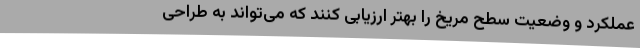
عملکرد و وضعیت سطح مریخ را بهتر ارزیابی کنند که می‌تواند به طراحی